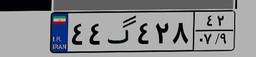
۶۵گ۷۵۴۴۶